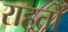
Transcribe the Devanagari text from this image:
राहतों